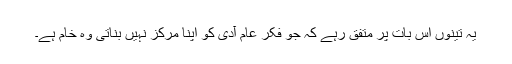
یہ تینوں اس بات پر متفق رہے کہ جو فکر عام آدی کو اپنا مرکز نہیں بناتی وہ خام ہے۔